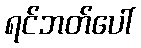
ရင်ဘတ်ပေါ်